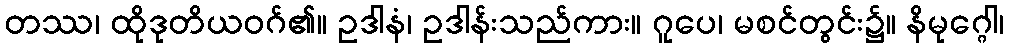
တဿ၊ ထိုဒုတိယဝဂ်၏။ ဥဒါနံ၊ ဥဒါန်းသည်ကား။ ဂူပေ၊ မစင်တွင်း၌။ နိမုဂ္ဂေါ၊